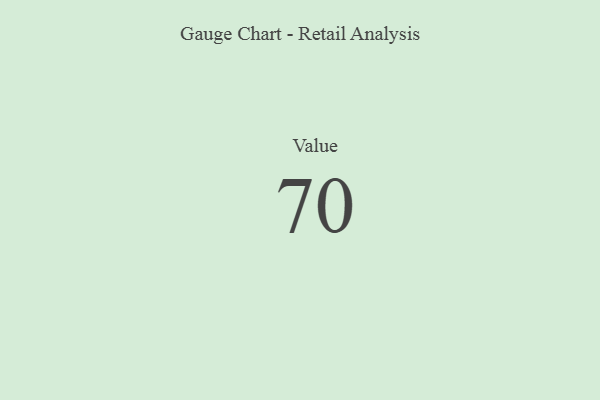
{"axis": {"x": "Metric", "y": "Value"}, "legend": [""], "data": [{"x": "Value", "y": 70, "type": ""}]}